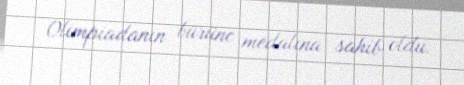
Olimpiadanın bürünc medalına sahib oldu.